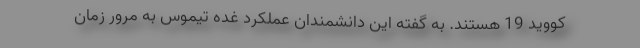
کووید 19 هستند. به گفته این دانشمندان عملکرد غده تیموس به مرور زمان